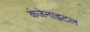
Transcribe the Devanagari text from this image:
कंजेनाइटल